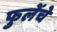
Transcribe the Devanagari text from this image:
फुलेंचे